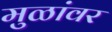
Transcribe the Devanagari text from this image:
मुळांवर